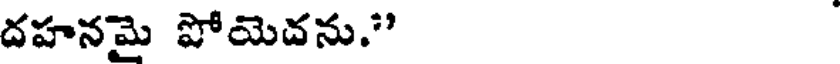
దహనమై పోయెదను."